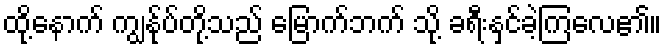
ထို့နောက် ကျွန်ုပ်တို့သည် မြောက်ဘက် သို့ ခရီးနှင်ခဲ့ကြလေ၏။